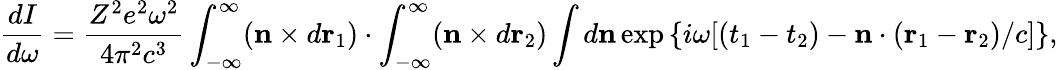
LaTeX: {\frac{dI}{d\omega}}={\frac{Z^{2}e^{2}\omega^{2}}{4\pi^{2}c^{3}}}\int_{-\infty}^{\infty}({\mathbf n}\times d{\mathbf r}_{1})\cdot\int_{-\infty}^{\infty}({\mathbf n}\times d{\mathbf r}_{2})\int d{\mathbf n}\exp{\{ i\omega[(t_{1}-t_{2})-{\mathbf n}\cdot({\mathbf r_{1}}-{\mathbf r_{2}})/c]\} },